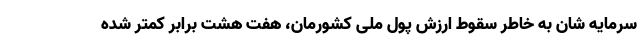
سرمایه شان به خاطر سقوط ارزش پول ملی کشورمان، هفت هشت برابر کمتر شده